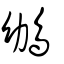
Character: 鴢